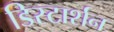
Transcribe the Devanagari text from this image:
डिस्टार्शन